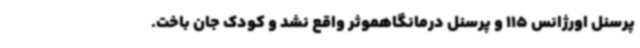
پرسنل اورژانس 115 و پرسنل درمانگاهموثر واقع نشد و کودک جان باخت.